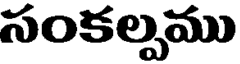
సంకల్పము